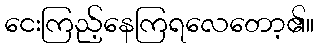
ငေးကြည့်နေကြရလေတော့၏။